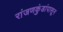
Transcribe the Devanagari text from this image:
रांजणकुंडांपासून